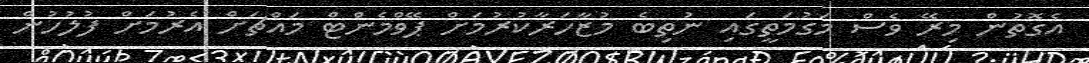
އެގޮތުން މިރޭ ވެސް މަގުމަތީގައި ނުތިބެ މުޒާހަރާކުރުމަށް ޕޭވްމެންޓް މައްޗަށް އެރުމަށް ފުލުހުން